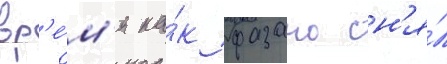
вр'е́м'я ка́к фазано сн'я́л